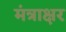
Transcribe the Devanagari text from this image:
मंत्राक्षर